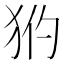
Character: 𤝧